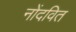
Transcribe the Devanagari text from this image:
नोंदवित